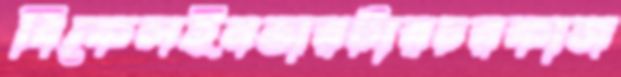
বিকেলইনভারটারচরকাজ